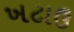
ખટાઉ